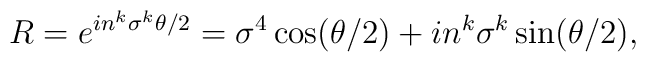
R = e^{i n^{k} \sigma^{k} \theta/2} = \sigma^{4} \cos (\theta/2) + i n^{k} \sigma^{k} \sin (\theta/2),